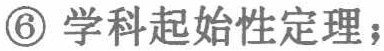
\textcircled{6} 学科起始性定理；